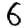
Digit: 6